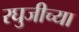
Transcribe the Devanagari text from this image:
रघुजीच्या